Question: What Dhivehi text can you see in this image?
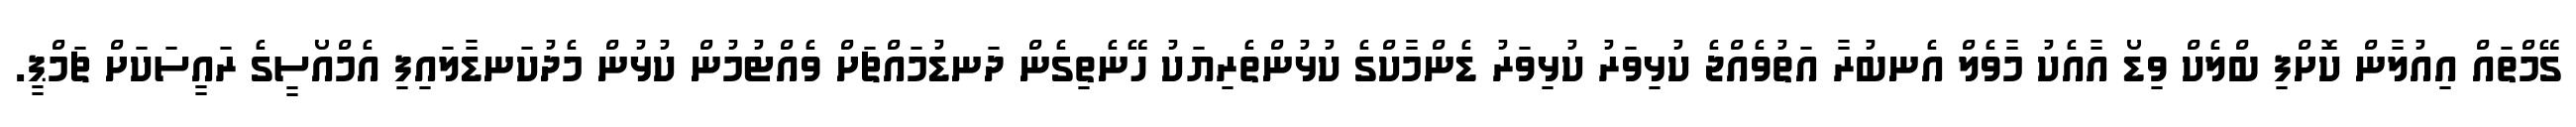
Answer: ގޭމްތައް އިއުލާން ކޮށްފި ބްލެކް ވިޑޯ އާއެކު މާވެލް އެނބުރާ އަތުވެއްޖެ ކުޅިވަރު ކުޅިވަރު ޑެންމާކްގެ ކުޅުންތެރިޔަކު ހޭނެތިގެން ދަނޑުމައްޗަށް ވެއްޓުމުން ކުޅުން މެދުކަނޑާލައިފި އެމްއޯސީގެ ރައީސަކަށް ޗަމްޕީ.